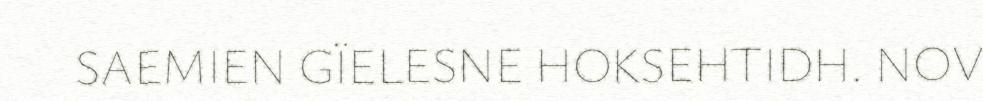
SAEMIEN GÏELESNE HOKSEHTIDH. NOV